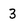
Character: 3